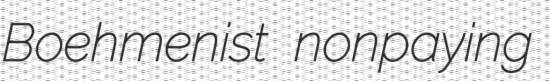
Boehmenist nonpaying